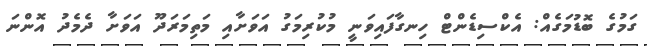
ގަމުގެ ބޮޑުމަގެއް: އެކްސިޑެންޓް ހިނގާފައިވަނީ މުކުރިމަގު އަވަށާއި މަތިމަރަދޫ އަވަށާ ދެމެދު އޮންނަ